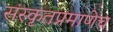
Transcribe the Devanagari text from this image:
संस्कृतप्रमाणेच